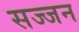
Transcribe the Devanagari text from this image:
सज्‍जन